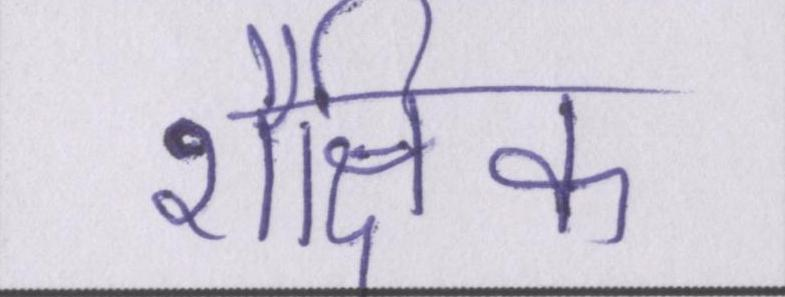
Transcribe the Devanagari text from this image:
शैक्षिक